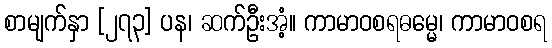
စာမျက်နှာ [၂၇၃] ပန၊ ဆက်ဦးအံ့။ ကာမာဝစရဓမ္မေ၊ ကာမာဝစရ